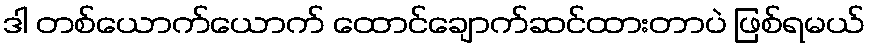
ဒါ တစ်ယောက်ယောက် ထောင်ချောက်ဆင်ထားတာပဲ ဖြစ်ရမယ်